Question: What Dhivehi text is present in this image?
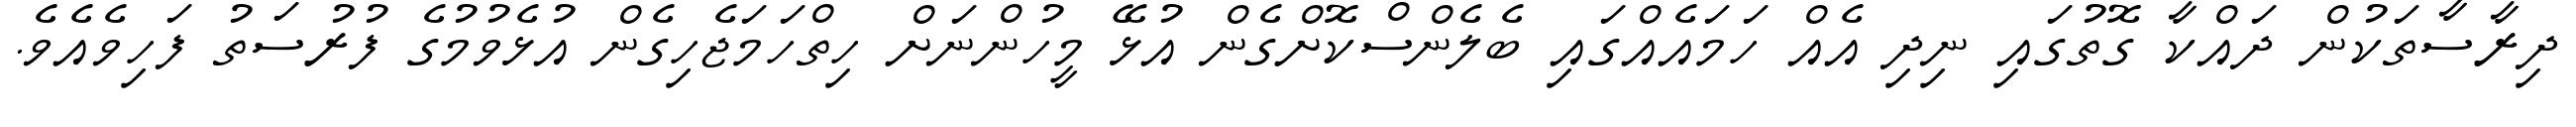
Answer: ދިރާސާތަކުން ދައްކާ ގޮތުގައި ނިދި އެއް ހަމައެއްގައި ބެލެންސްކޮށްގެން އުޅޭ މީހުންނަށް ހިތްހަމަޖެހިގެން އުޅެވުމުގެ ފުރުސަތު ފަހިވެއެވެ.